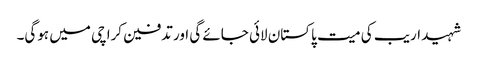
شہید اریب کی میت پاکستان لائی جائے گی اور تدفین کراچی میں ہوگی۔